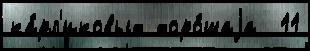
ка́рл'иковых хоро́шаjа  11